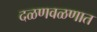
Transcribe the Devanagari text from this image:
दळणवळणात